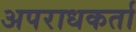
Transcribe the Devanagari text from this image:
अपराधकर्ता